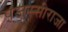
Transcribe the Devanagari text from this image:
पजस्सीराजा